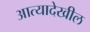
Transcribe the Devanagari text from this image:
आत्यादेखील